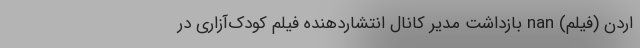
اردن (فیلم) nan بازداشت مدیر کانال انتشاردهنده فیلم کودک‌آزاری در